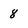
Character: 8